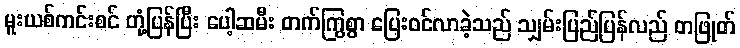
မူးယစ်ကင်းစင် တုံ့ပြန်ပြီး ပေါ့ဆမီး တက်ကြွစွာ ပြေးဝင်လာခဲ့သည် သျှမ်းပြည်ပြန်လည် တဖြုတ်